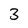
Character: 3